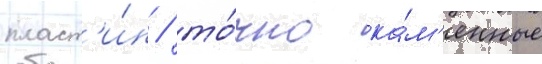
пласт'и́н / то́чно ка́м'енные